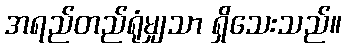
အရည်တည်ရုံမျှသာ ရှိသေးသည်။